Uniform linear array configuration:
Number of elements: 48
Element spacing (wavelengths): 0.5
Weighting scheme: blackman
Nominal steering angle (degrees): -60
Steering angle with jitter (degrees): -59.171
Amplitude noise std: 0.05
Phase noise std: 0.05

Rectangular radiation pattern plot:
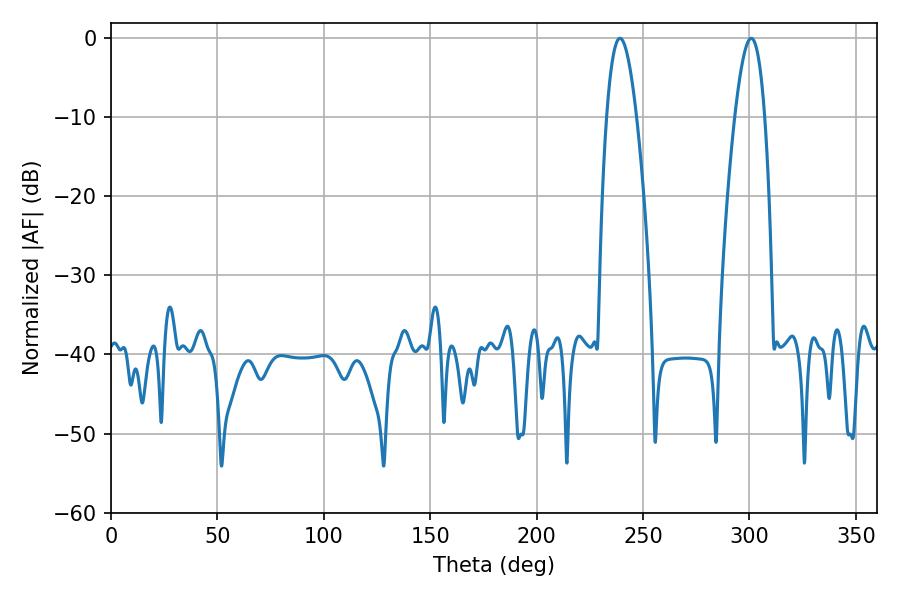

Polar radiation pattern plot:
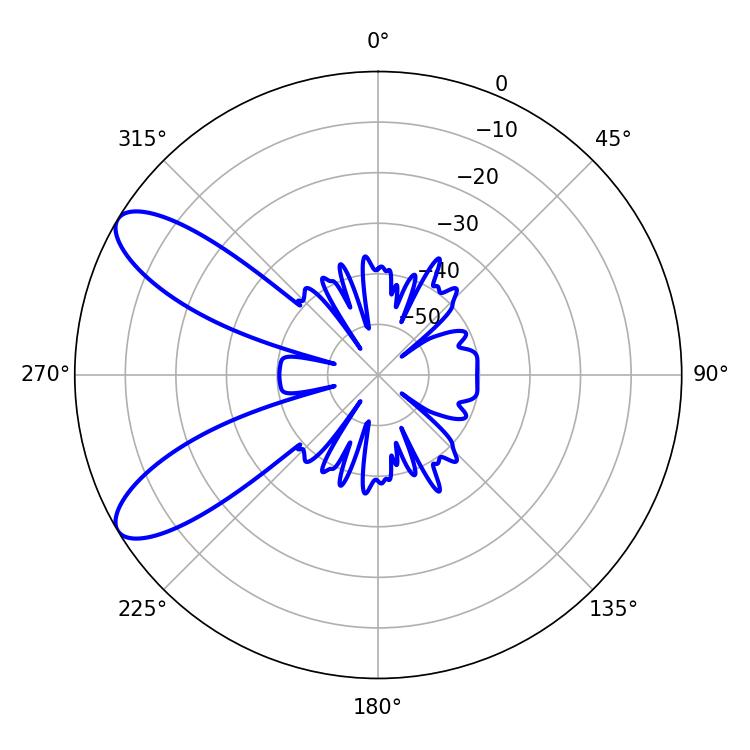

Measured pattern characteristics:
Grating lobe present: FALSE
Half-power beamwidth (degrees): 7.56
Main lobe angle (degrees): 239.22